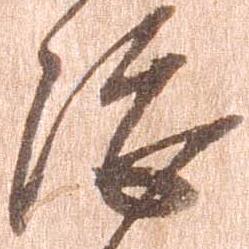
総